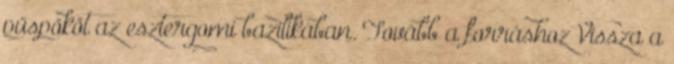
püspököt az esztergomi bazilikában. Tovább a forráshoz Vissza a